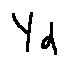
Y _ { d }